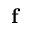
\mathbf { f }